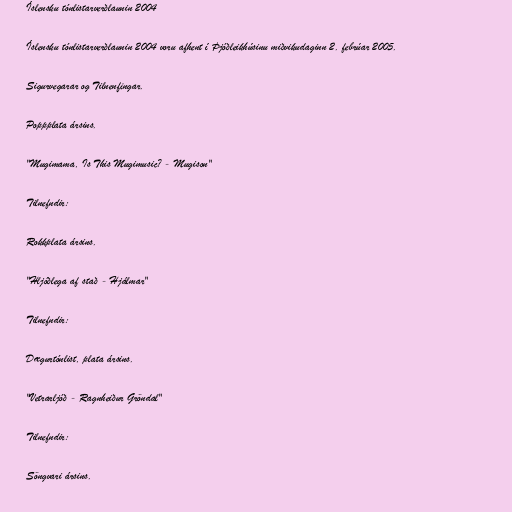
Íslensku tónlistarverðlaunin 2004

Íslensku tónlistarverðlaunin 2004 voru afhent í Þjóðleikhúsinu miðvikudaginn 2. febrúar 2005.

Sigurvegarar og Tilnenfingar.

Poppplata ársins.

"Mugimama, Is This Mugimusic? - Mugison"

Tilnefndir:

Rokkplata ársins.

"Hljóðlega af stað - Hjálmar"

Tilnefndir:

Dægurtónlist, plata ársins.

"Vetrarljóð - Ragnheiður Gröndal"

Tilnefndir:

Söngvari ársins.